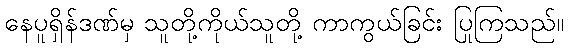
နေပူရှိန်ဒဏ်မှ သူတို့ကိုယ်သူတို့ ကာကွယ်ခြင်း ပြုကြသည်။